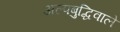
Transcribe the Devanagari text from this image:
अल्पबुद्धिवाले